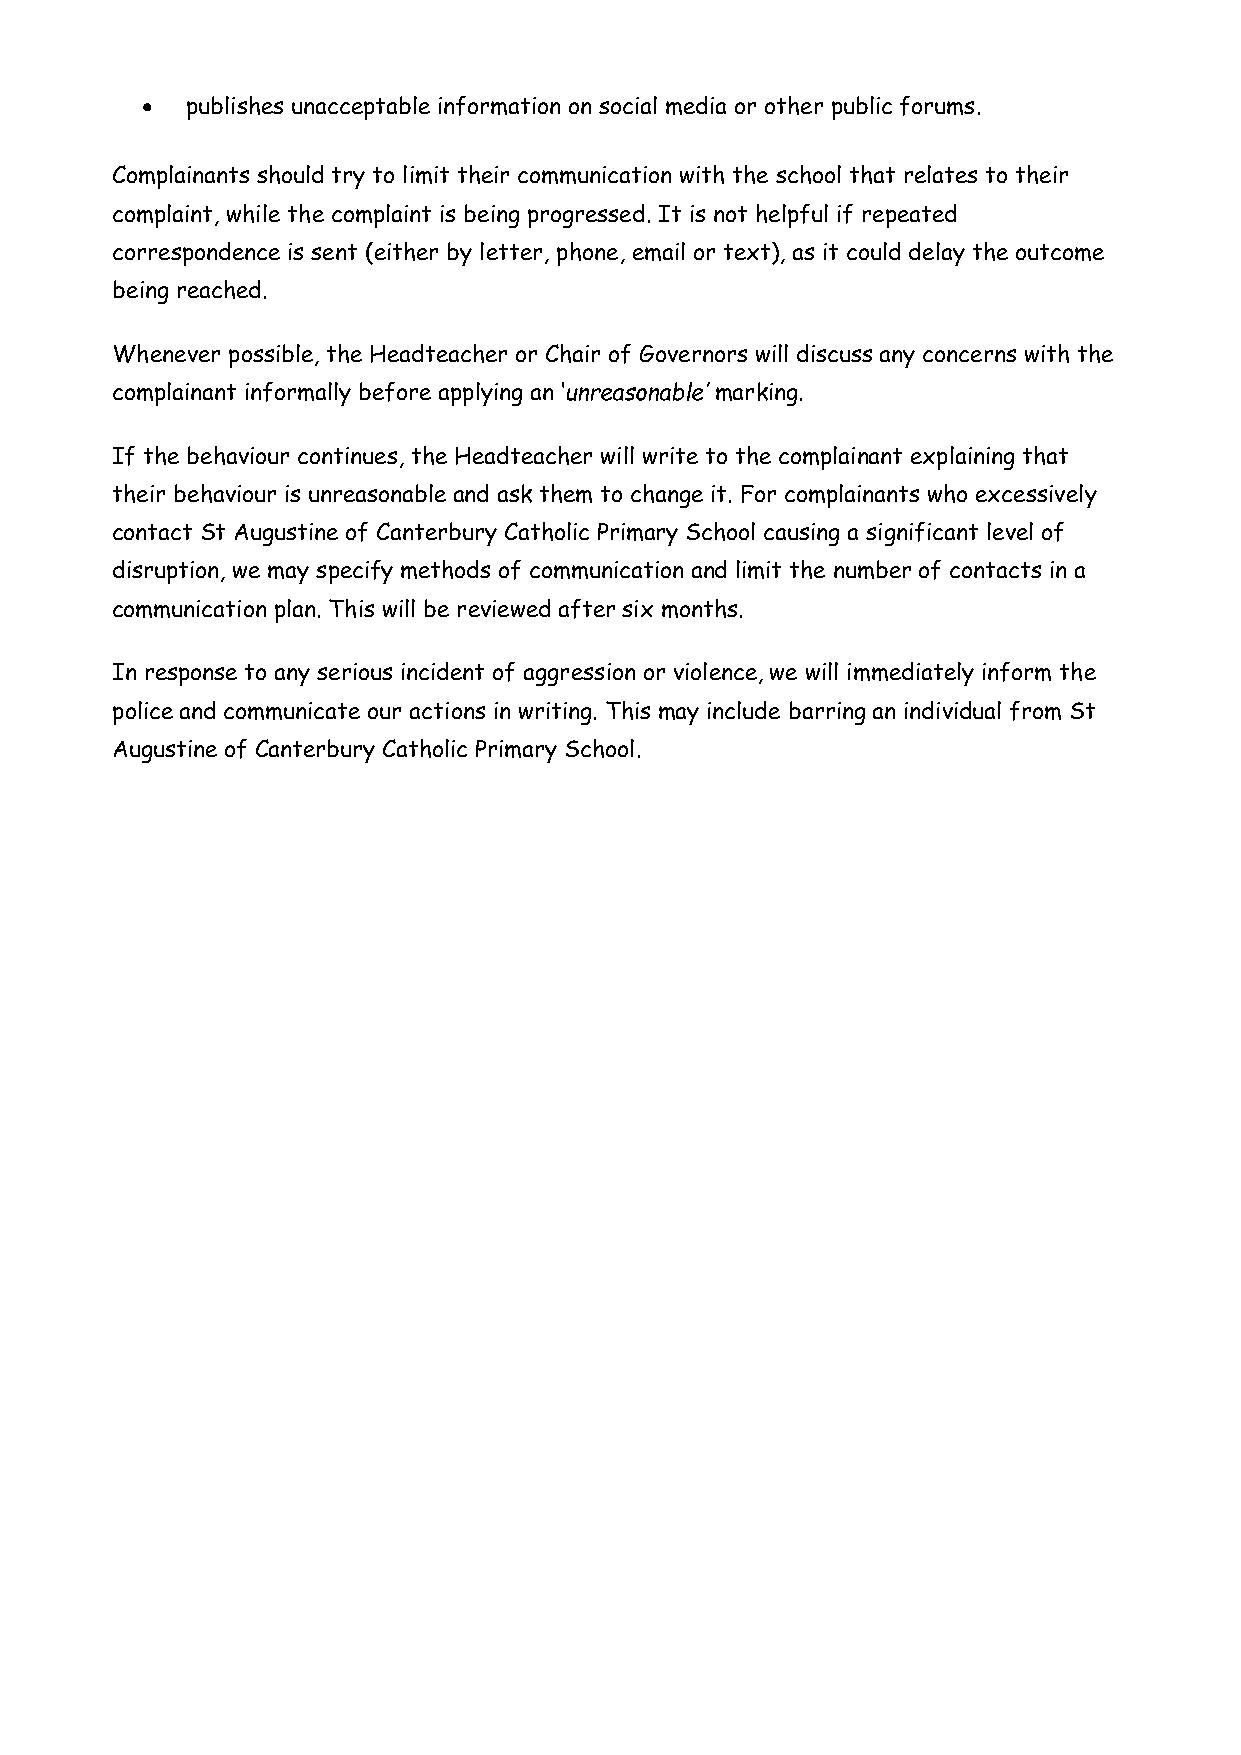
  publishes unacceptable information on social media or other public forums.
 Complainants should try to limit their communication with the school that relates to their
 complaint, while the complaint is being progressed. It is not helpful if repeated
 correspondence is sent (either by letter, phone, email or text), as it could delay the outcome
 being reached.
 Whenever possible, the Headteacher or Chair of Governors will discuss any concerns with the
 complainant informally before applying an ‘unreasonable’ marking.
 If the behaviour continues, the Headteacher will write to the complainant explaining that
 their behaviour is unreasonable and ask them to change it. For complainants who excessively
 contact St Augustine of Canterbury Catholic Primary School causing a significant level of
 disruption, we may specify methods of communication and limit the number of contacts in a
 communication plan. This will be reviewed after six months.
 In response to any serious incident of aggression or violence, we will immediately inform the
 police and communicate our actions in writing. This may include barring an individual from St
 Augustine of Canterbury Catholic Primary School.